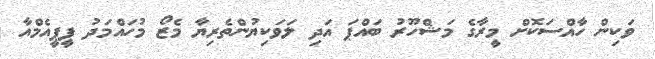
ވަކިން ހާއްސަކޮށް މީރާގެ މަޝްހޫރު ބައްޕަ އަދި ލަވަކިޔުންތެރިޔާ މެޒޯ މުހައްމަދު ޕީޕީއެމްއާ